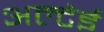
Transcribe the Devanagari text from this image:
अल्टेई